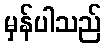
မှန်ပါသည်